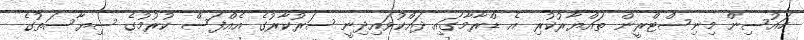
ހައުސިން މިނިސްޓްރީން ތައްޔާރުކުރި އެ ޑްރާމާގައި ދައްކުވައިދިނީ ސަރުކާރުގެ އެއްފަސް ކުރުމުގެ ސިޔާސަތުގެ